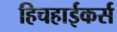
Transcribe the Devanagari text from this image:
हिचहाईकर्स